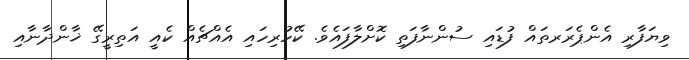
ވިޔަފާރި އެންޕެރަރތައް ފުޑައި ސުންނާފަތި ކޮށްލާފައެވެ. ކޭހުރިހައި އެއްޗެއް ކެއީ އަތިރީގޭ ޚާންދާނާއި